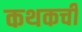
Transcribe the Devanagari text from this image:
कथकची